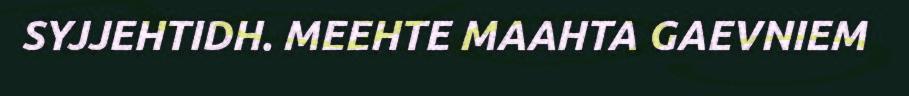
SYJJEHTIDH. MEEHTE MAAHTA GAEVNIEM